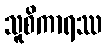
သူစိကာရဿ